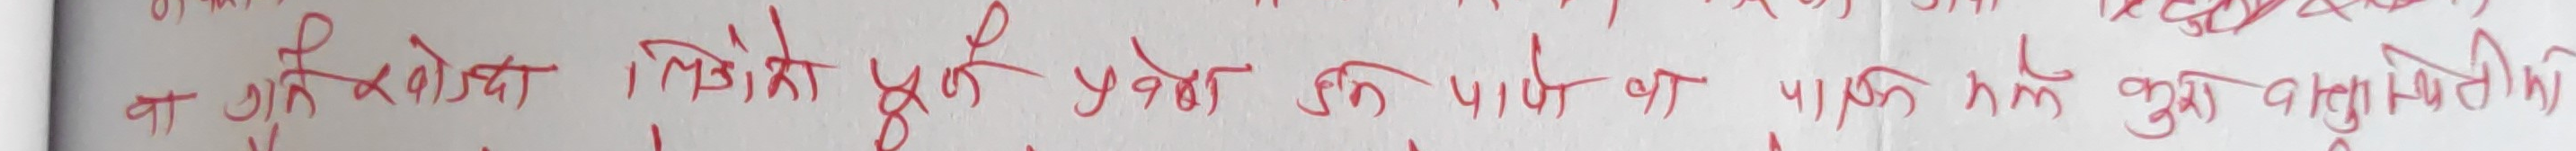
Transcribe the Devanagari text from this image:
वा गुरुक्षेत्रमा लिइको पूर्ण प्रवेष्ठ हुन पाउने छ पाक हुन् ठुलो वस्तुस्थिति